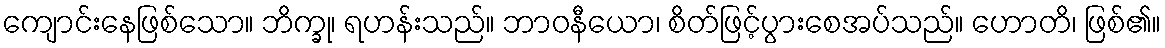
ကျောင်းနေဖြစ်သော။ ဘိက္ခု၊ ရဟန်းသည်။ ဘာဝနီယော၊ စိတ်ဖြင့်ပွားစေအပ်သည်။ ဟောတိ၊ ဖြစ်၏။